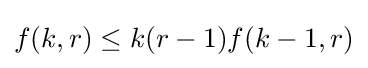
f(k,r)\leq k(r-1)f(k-1,r)